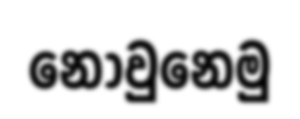
නොවුනෙමු